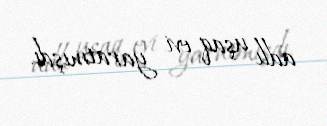
adlı uşaq evi yaratmışdı.